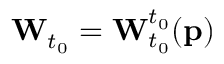
\mathbf { W } _ { t _ { 0 } } = \mathbf { W } _ { t _ { 0 } } ^ { t _ { 0 } } ( \mathbf { p } )